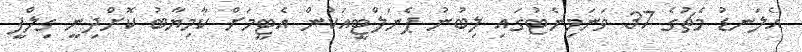
އެލަނޑު މެޗުގެ 37 ވަނަމިނެޓުގައި ލިބުނު ޕެނަލްޓީއަކުން އެޓީމަށް ކާމިޔާބު ކޮށްދިނީ ގިލްފީ